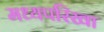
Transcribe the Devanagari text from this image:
मध्यपरिखा